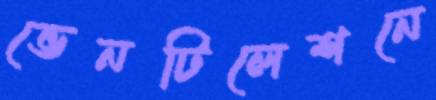
ভেনটিলেশনে